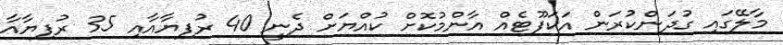
މާލޭގައި ގުދަންކުރަން އަކަފޫޓެއް އާންމުކޮށް ކުއްޔަށް ދެނީ 40 ރުފިޔާއާއި 35 ރުފިޔާއާ